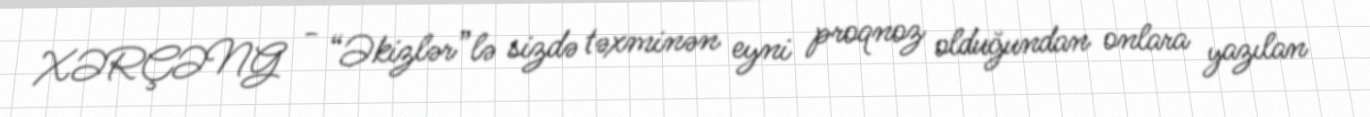
XƏRÇƏNG - “Əkizlər”lə sizdə təxminən eyni proqnoz olduğundan onlara yazılan